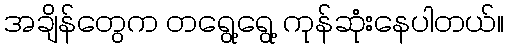
အချိန်တွေက တရွေ့ရွေ့ ကုန်ဆုံးနေပါတယ်။